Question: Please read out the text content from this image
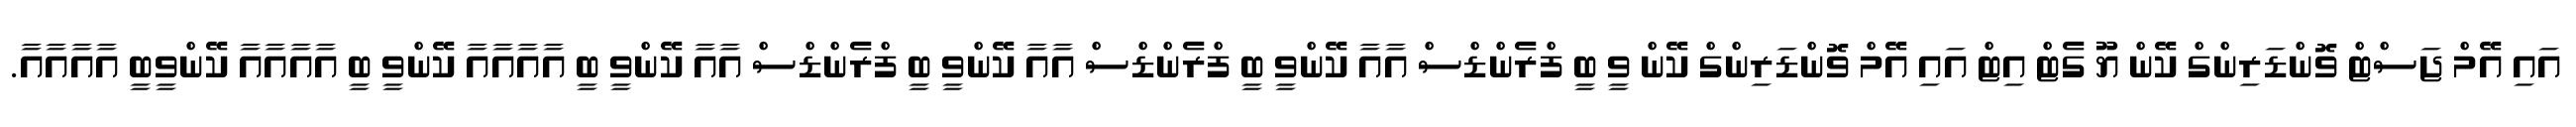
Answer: އައި އޭމް ޖަސްޓް ވޮންޑަރިންގް ކޭން ޔޫ ގެޓް އިޓް އައި އޭމް ވޮންޑަރިންގް ކޭން ވީ ބީ ފްރެންޑްސް އާއާ ކޭންވީ ބީ ފްރެންޑްސް އާއާ ކޭންވީ ބީ ފްރެންޑްސް އާއާ ކޭންވީ ބީ އާއާއާއާ ކޭންވީ ބީ އާއާއާއާ ކޭންވީބީ އާއާއާއާ.